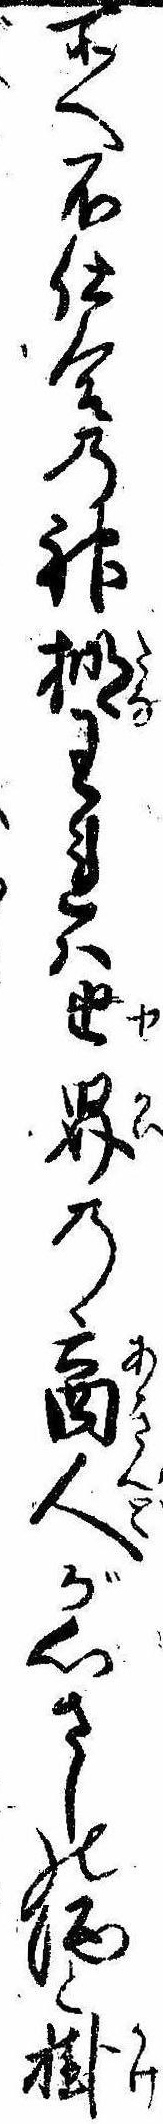
所へ不仕合の神棚われは世界の商人が心さしの酒と掛